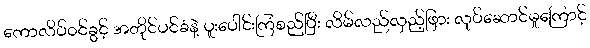
ကောလိပ်၀င်ခွင့် အတိုင်ပင်ခံနဲ့ ပူးပေါင်းကြံစည်ပြီး လိမ်လည်လှည့်ဖြား လုပ်ဆောင်မှုကြောင့်